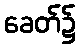
ခေတ်၌